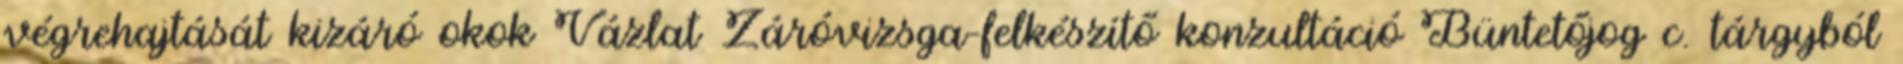
végrehajtását kizáró okok Vázlat Záróvizsga-felkészítő konzultáció Büntetőjog c. tárgyból